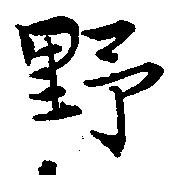
野